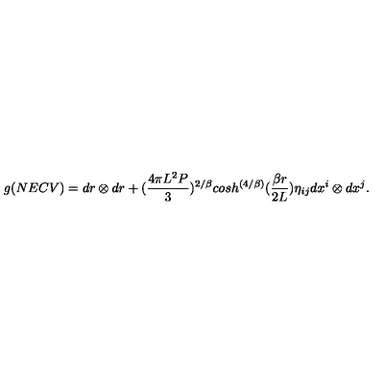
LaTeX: g ( N E C V ) = d r \otimes d r + ( { \frac { 4 \pi L ^ { 2 } P } { 3 } } ) ^ { 2 / \beta } c o s h ^ { \left( { 4 / \beta } \right) } ( { \frac { \beta r } { 2 L } } ) \eta _ { i j } d x ^ { i } \otimes d x ^ { j } .